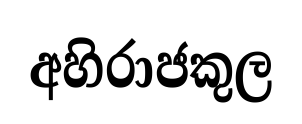
අහිරාජකුල